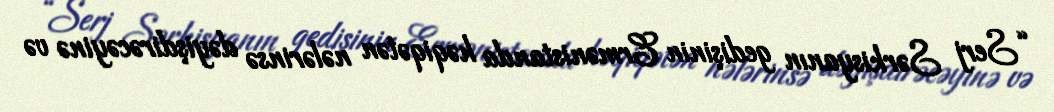
“Serj Sərkisyanın gedişinin Ermənistanda həqiqətən nələrinsə dəyişdirəcəyinə və